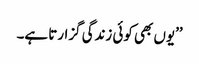
’’یوں بھی کوئی زندگی گزارتا ہے۔